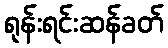
ရုန်းရင်းဆန်ခတ်